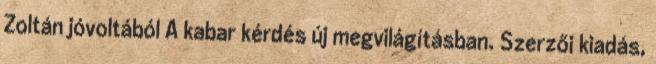
Zoltán jóvoltából A kabar kérdés új megvilágításban. Szerzői kiadás,